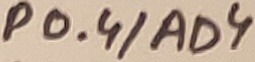
Text: P0.4/AD4